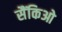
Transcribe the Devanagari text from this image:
सैंकिओ